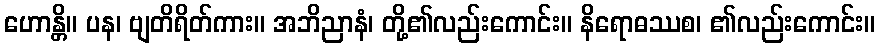
ဟောန္တိ။ ပန၊ ဗျတိရိတ်ကား။ အဘိညာနံ၊ တို့၏လည်းကောင်း။ နိရောဓဿစ၊ ၏လည်းကောင်း။